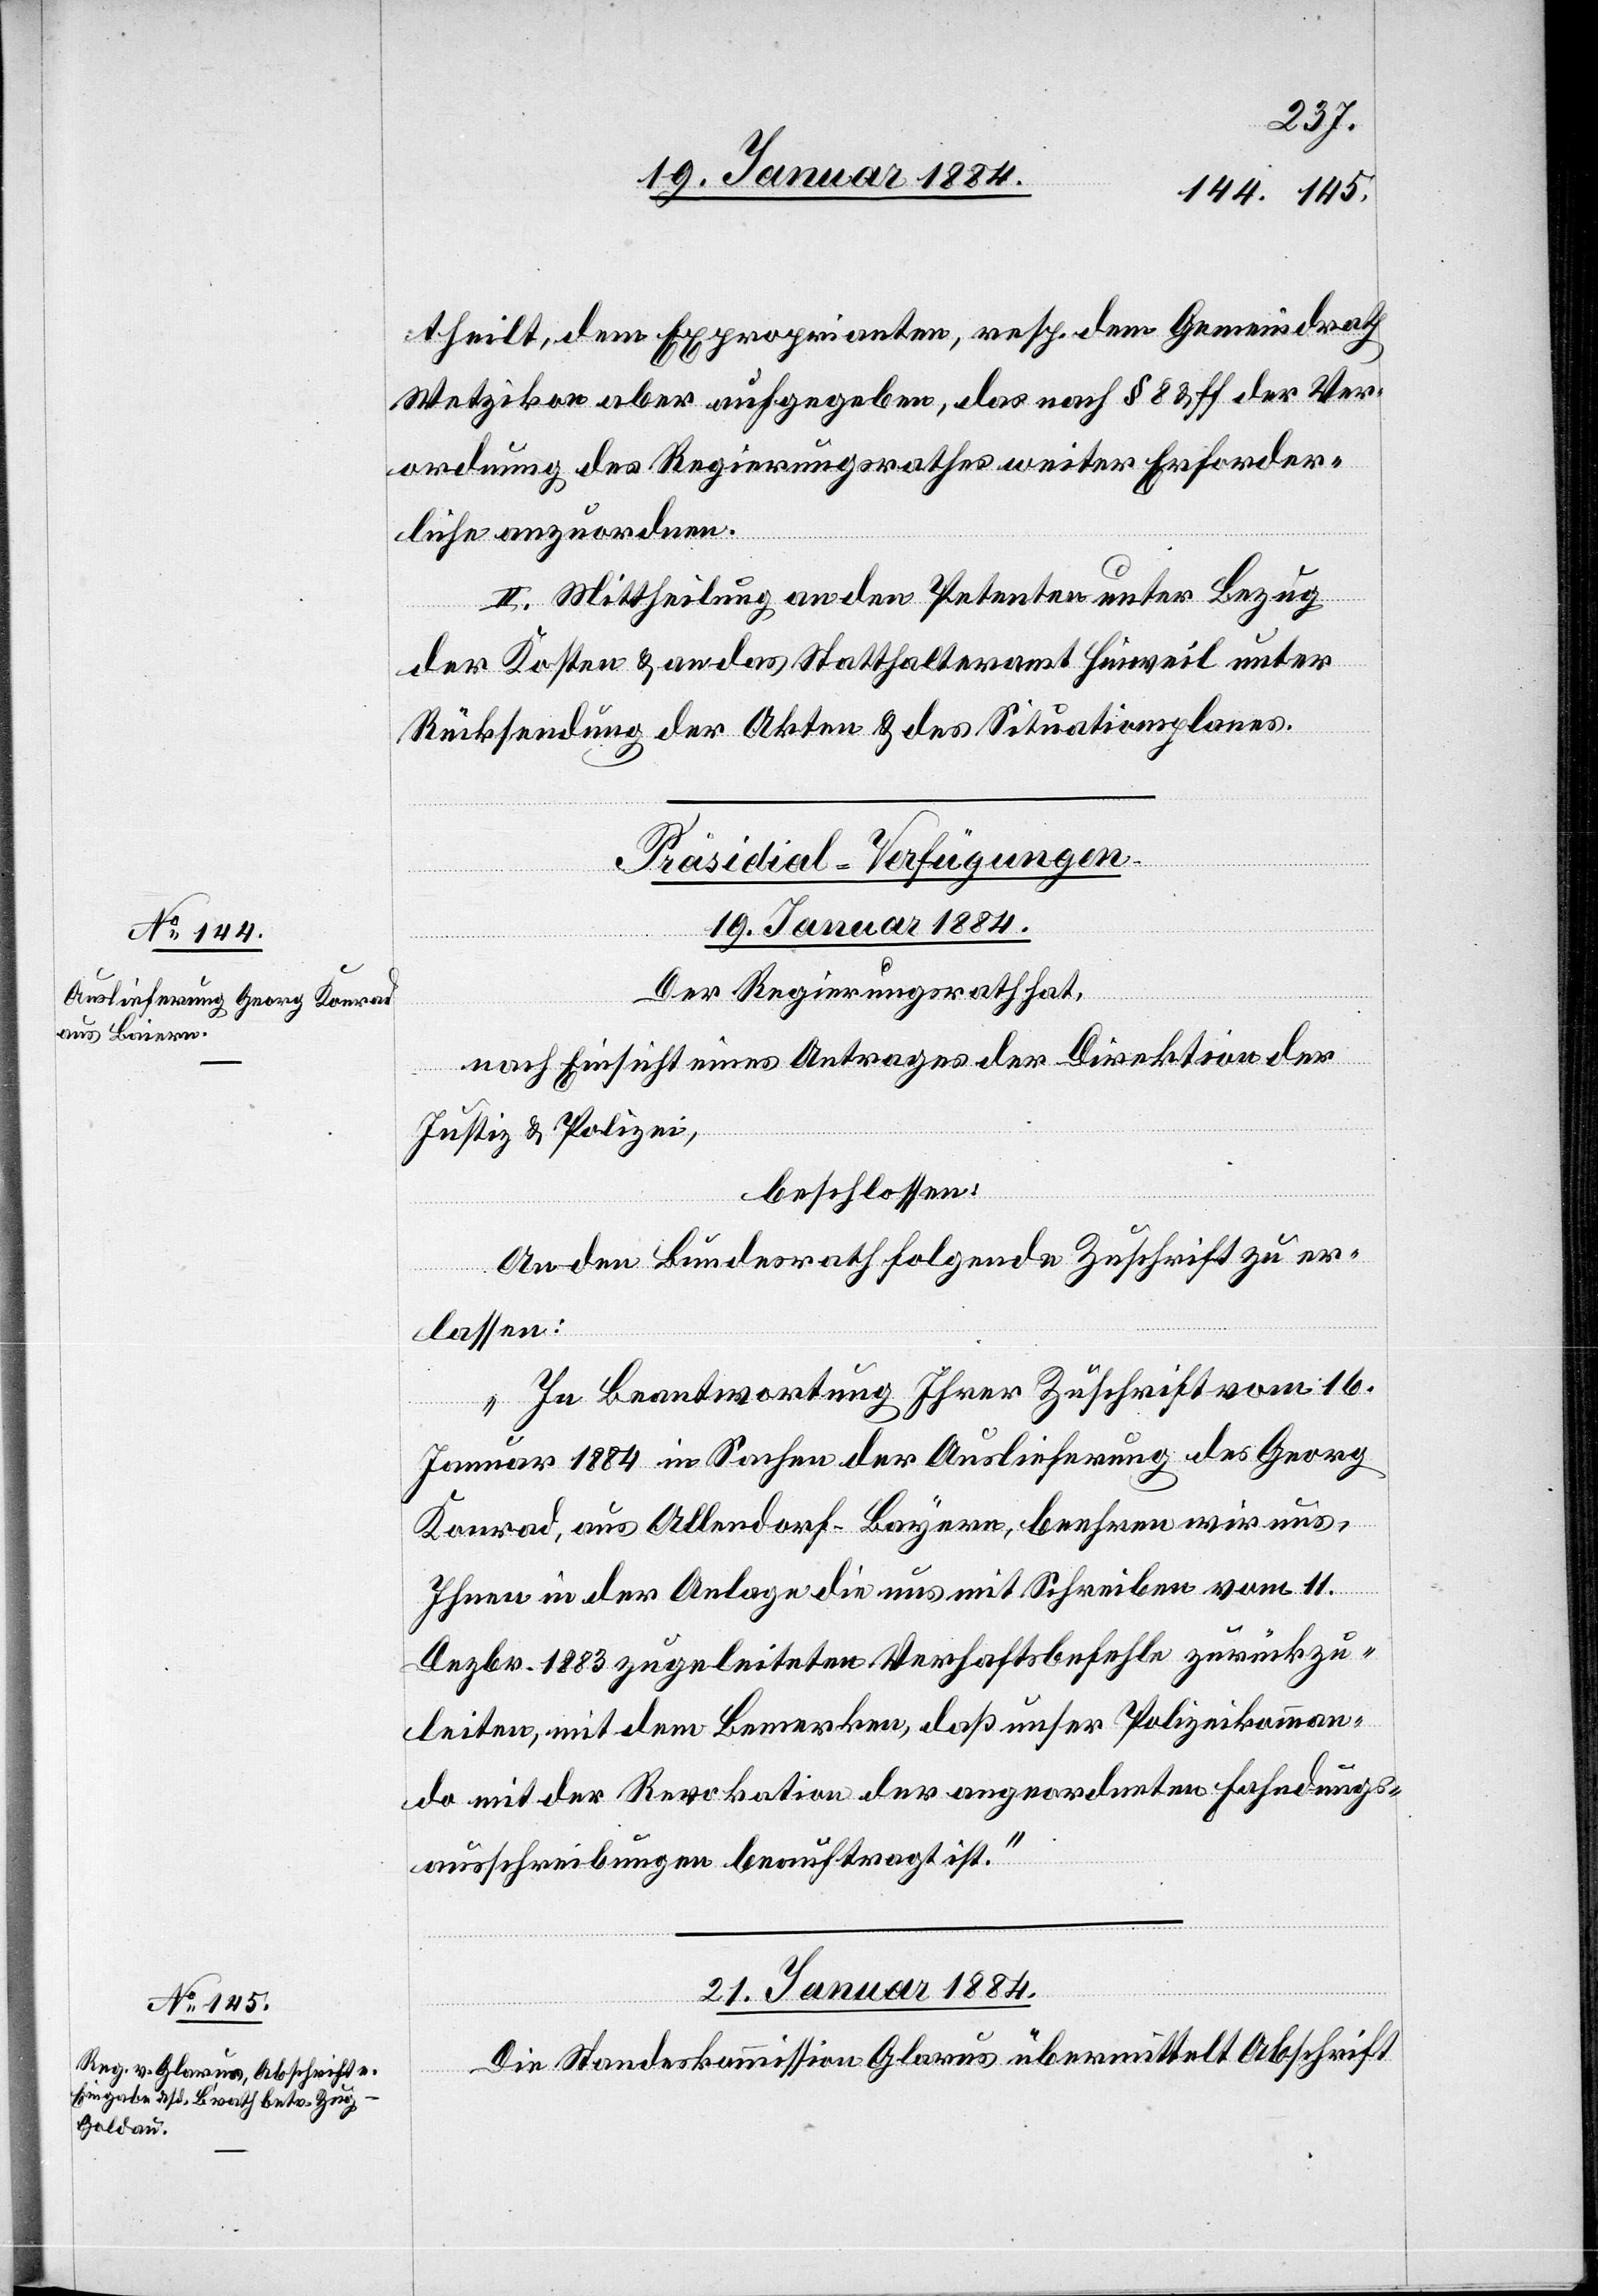
theilt, dem Exproprianten, resp. dem Gemeindrath
Wetzikon aber aufgegeben, das nach § 8 & ff der Ver¬
ordnung des Regierungsrathes weiter erforder¬
liche anzuordnen.
II. Mittheilung an den Petenten unter Bezug
der Kosten & an das Statthalteramt Hinweil unter
Rücksendung der Akten & des Situationsplanes.
[Präsidial-Verfügungen.]
19. Januar 1884.
Der Regierungsrath hat,
nach Einsicht eines Antrages der Direktion der
Justiz & Polizei,
beschlossen:
An den Bundesrath folgende Zuschrift zu er¬
lassen:
„In Beantwortung Ihrer Zuschrift vom 16.
Januar 1884 in Sachen der Auslieferung des Georg
Konrad, aus Allendorf - Bayern [sic!], beehren wir uns,
Ihnen in der Anlage die uns mit Schreiben vom 11.
Dezbr. 1883 zugeleiteten Verhaftsbefehle zurückzu¬
leiten, mit dem Bemerken, daß unser Polizeikomman¬
do mit der Revokation der angeordneten Fahndungs¬
ausschreibungen beauftragt ist.“
21. Januar 1884.
Die Standeskommission Glarus übermittelt Abschrift